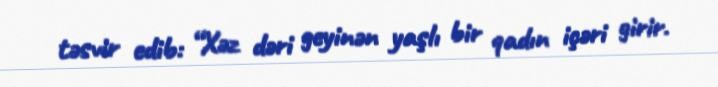
təsvir edib: “Xəz dəri geyinən yaşlı bir qadın içəri girir.